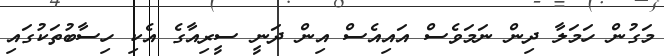
މަގުން ހަމަލާ ދިން ނަމަވެސް އައިއެސް އިން ދަނީ ސީރިއާގެ އެކި ހިސާބުތަކުގައި